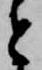
と